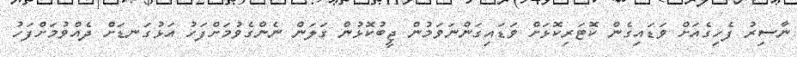
ނާސިރު ފެހިގެއަށް ވަޑައިގެން ކޮޓަރިކޮޅަށް ވަޑައިގަންނަވަމުން ޖީބުކޮޅުން ގަލަން ނެންގެވުމަށްފަހު އަޅުގަނޑަށް ދެއްވުމަށްފަހު